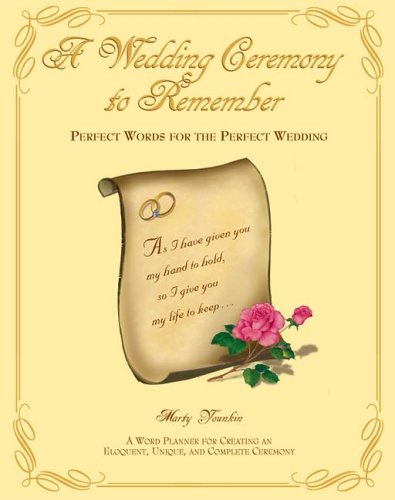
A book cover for A Wedding Ceremony to Remember: Perfect Words for the Perfect Wedding; Marty Younkin; Crafts, Hobbies & Home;